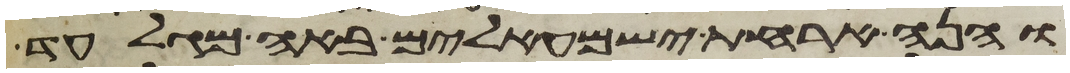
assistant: והנה ארחת ישמעאלים באה מגלעד